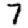
Digit: 7